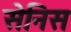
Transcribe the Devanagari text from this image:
सेनिस